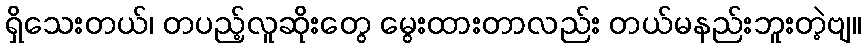
ရှိသေးတယ်၊ တပည့်လူဆိုးတွေ မွေးထားတာလည်း တယ်မနည်းဘူးတဲ့ဗျ။